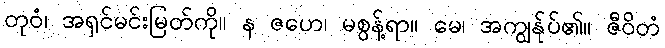
တုဝံ၊ အရှင်မင်းမြတ်ကို။ န ဇဟေ၊ မစွန့်ရာ။ မေ၊ အကျွန်ုပ်၏။ ဇီဝိတံ